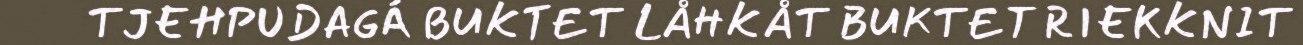
TJEHPUDAGÁ BUKTET LÅHKÅT BUKTET RIEKKNIT